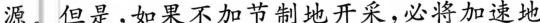
源。但是，如果不加节制地开采，必将加速地